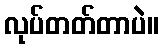
လုပ်တတ်တာပဲ။